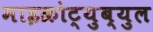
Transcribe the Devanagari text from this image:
माइक्रोट्युब्युल